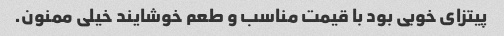
پیتزای خوبی بود با قیمت مناسب و طعم خوشایند خیلی ممنون.